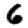
Digit: 6